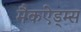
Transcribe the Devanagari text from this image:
मैकऐड्म्स